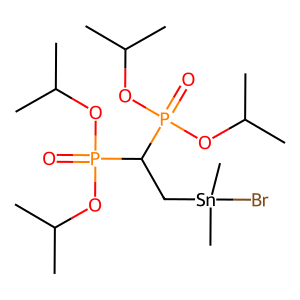
SMILES: CC(C)OP(=O)(OC(C)C)C(C[Sn](C)(C)Br)P(=O)(OC(C)C)OC(C)C
Inhibits HIV replication: No